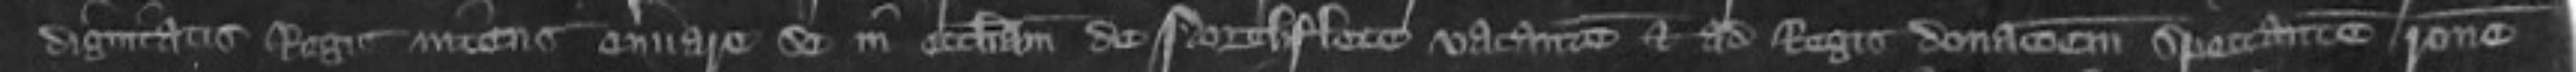
dignitatus Regis iniens enervare se in ecclesiam de Northflete vacantem et ad Regis donacionem spectantem ratione